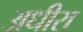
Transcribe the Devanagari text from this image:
अधीरा